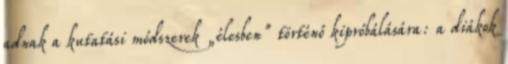
adnak a kutatási módszerek „élesben" történő kipróbálására: a diákok